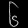
Digit: ၆